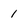
Character: 1